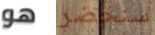
هو سنحضر